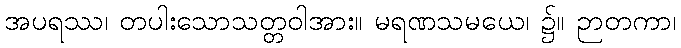
အပရဿ၊ တပါးသောသတ္တဝါအား။ မရဏသမယေ၊ ၌။ ဉာတကာ၊